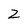
Character: 2